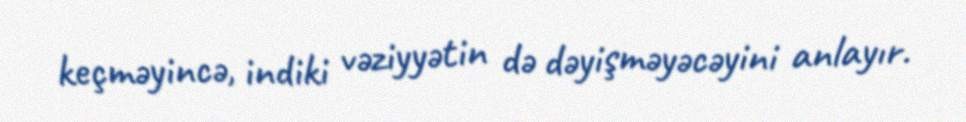
keçməyincə, indiki vəziyyətin də dəyişməyəcəyini anlayır.